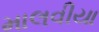
માલવીયા